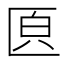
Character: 𠥁